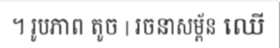
។ រូបភាព តូច | រចនាសម្ព័ន ឈើ